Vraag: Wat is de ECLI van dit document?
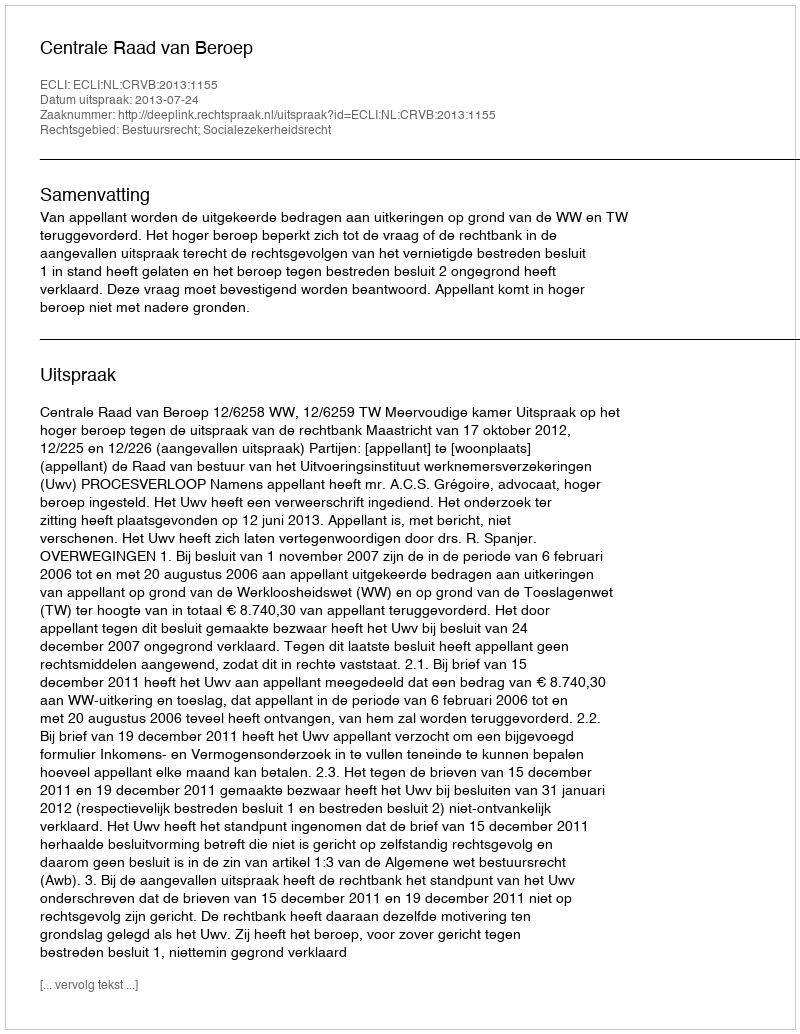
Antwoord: ECLI:NL:CRVB:2013:1155